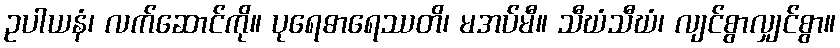
ဥပါယနံ၊ လက်ဆောင်ကို။ ပုရေဓာရေဿတိ၊ မအပ်မီ။ သီဃံသီဃံ၊ လျင်စွာလျှင်စွာ။